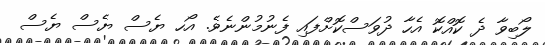
ލޯބިވާ ދެ ކޮއްކޮ އެހާ ދުވަސްކޮށްފައި ފެނުމުންނެވެ. އޯހ ޔެސް ޔެސް ޔެސް